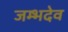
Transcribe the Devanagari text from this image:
जम्भदेव